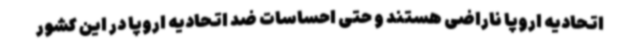
اتحادیه اروپا ناراضی هستند و حتی احساسات ضد اتحادیه اروپا در این کشور